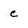
Character: c